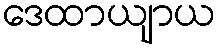
ဒေထာယျာယ